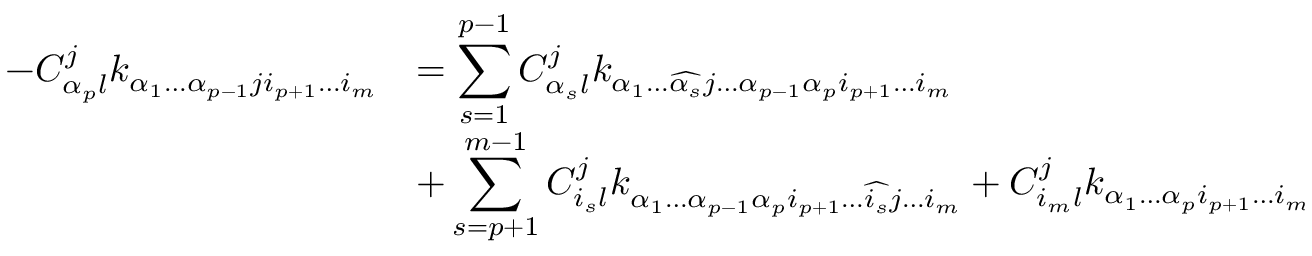
\begin{array} { l l } { { \displaystyle - C _ { \alpha _ { p } l } ^ { j } k _ { \alpha _ { 1 } \dots \alpha _ { p - 1 } j i _ { p + 1 } \dots i _ { m } } } } & { { = \displaystyle \sum _ { s = 1 } ^ { p - 1 } C _ { \alpha _ { s } l } ^ { j } k _ { \alpha _ { 1 } \dots \widehat { \alpha _ { s } } j \dots \alpha _ { p - 1 } \alpha _ { p } i _ { p + 1 } \dots i _ { m } } } } \\ { { } } & { { + \displaystyle \sum _ { s = p + 1 } ^ { m - 1 } C _ { i _ { s } l } ^ { j } k _ { \alpha _ { 1 } \dots \alpha _ { p - 1 } \alpha _ { p } i _ { p + 1 } \dots \widehat { i _ { s } } j \dots i _ { m } } + C _ { i _ { m } l } ^ { j } k _ { \alpha _ { 1 } \dots \alpha _ { p } i _ { p + 1 } \dots i _ { m - 1 } j } \quad . } } \end{array}